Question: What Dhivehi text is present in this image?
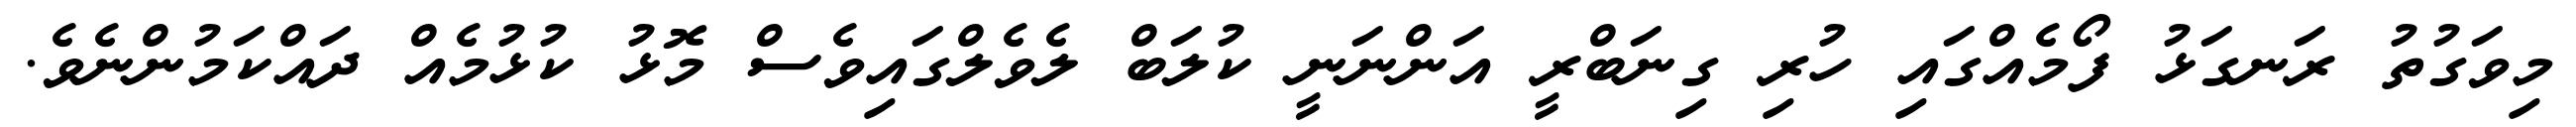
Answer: މިވަގުތު ރަނގަޅު ފޯމެއްގައި ހުރި ގިނަބްރީ އަންނަނީ ކުލަބް ލެވެލްގައިވެސް މޮޅު ކުޅުމެއް ދައްކަމުންނެވެ.